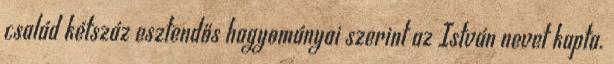
család kétszáz esztendős hagyományai szerint az István nevet kapta.